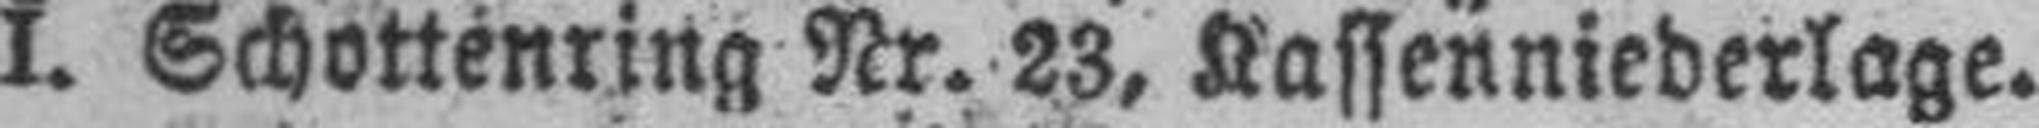
I. Schottenring Nr. 23, Kassenniederlage.